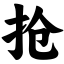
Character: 抢